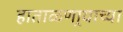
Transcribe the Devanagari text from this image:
हाताळणार्‍याच्या